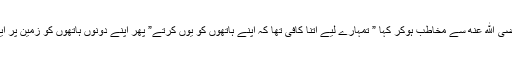
بالآخر اللہ کے رسول اکے پاس آئے تو آپنے ان کی رہنمائی فرماتے ہوئے حضرت عمار رضى الله عنه سے مخاطب ہوکر کہا ” تمہارے لیے اتنا کافی تھا کہ اپنے ہاتھوں کو یوں کرتے” پھر اپنے دونوں ہاتھوں کو زمین پر ایک مرتبہ دے مارا،دائیں سے بائیں کا مسح کیااور اپنی دونوں ہتھیلیوں اور چہرہ کا مسح کیا”۔